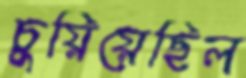
চুয়িয়েছিল